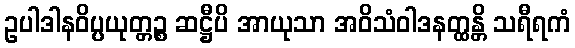
ဥပါဒါနဝိပ္ပယုတ္တဉ္စ ဆဋ္ဌီပိ အာယုသာ အဝိသံဝါဒနတ္ထန္တိ သရီရကံ